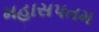
મહાસપતમ